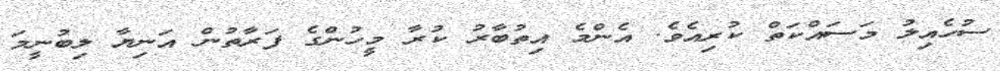
ސުހެއިލު މަސައްކަތް ކުރިއެވެ. އެންމެ އިތުބާރު ކުރާ މީހުންގެ ފަރާތުން އަނިޔާ ލިބުނީމަ